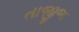
તાજીજ